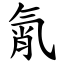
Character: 㲵